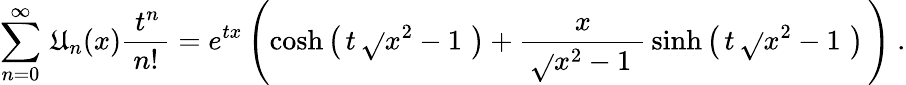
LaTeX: \sum_{n=0}^{\infty}\, \mathfrak{U}_{n}(x){\frac{{\; t^{n}\, }}{{n!}}}=e^{tx}\left(\cosh\left(\, t\, {\sqrt{}{{x^{2}-1\, }}}\, \right)+{\frac{{x}}{{\, {\sqrt{}{{x^{2}-1\, }}}\, }}}\sinh\left(\, t\, {\sqrt{}{{x^{2}-1\, }}}\, \right)\, \right)~.